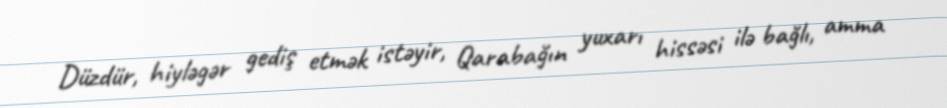
Düzdür, hiyləgər gediş etmək istəyir, Qarabağın yuxarı hissəsi ilə bağlı, amma